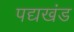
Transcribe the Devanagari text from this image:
पद्यखंड